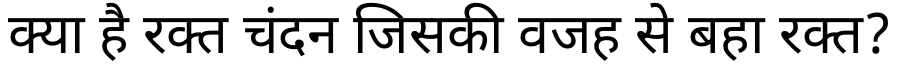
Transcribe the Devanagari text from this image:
क्या है रक्त चंदन जिसकी वजह से बहा रक्त?